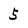
Character: 5